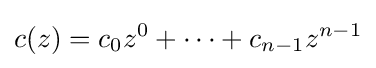
c(z)=c_{0}z^{0}+\dots +c_{n-1}z^{n-1}